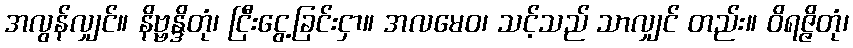
အလွန်လျှင်။ နိဗ္ဗန္ဒိတုံ၊ ငြီးငွေ့ခြင်းငှာ။ အလမေဝ၊ သင့်သည် သာလျှင် တည်း။ ဝိရဇ္ဇိတုံ၊